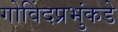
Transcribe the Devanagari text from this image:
गोविंदप्रभुंकडे